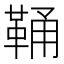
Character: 𩊾